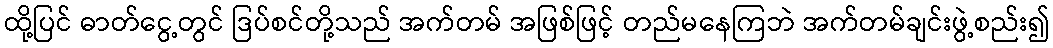
ထို့ပြင် ဓာတ်ငွေ့တွင် ဒြပ်စင်တို့သည် အက်တမ် အဖြစ်ဖြင့် တည်မနေကြဘဲ အက်တမ်ချင်းဖွဲ့စည်း၍